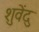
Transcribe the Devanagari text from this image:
शुवेंदु